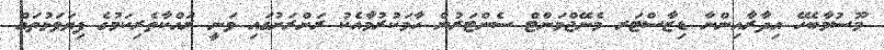
މޫސުމާބެހޭ އިދާރާއިންނާ ޑިޒާސްޓަރ މެނޭޖްމަންޓް ސެންޓަރުން ހާމަކުރުމާއެކު ރަށްރަށުގައި ވަނީ ރައްކާތެރިކަމުގެ ފިޔަވަޅުތައް